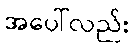
အပေါ်လည်း